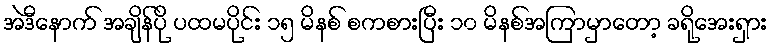
အဲဒီနောက် အချိန်ပို ပထမပိုင်း ၁၅ မိနစ် စကစားပြီး ၁၀ မိနစ်အကြာမှာတော့ ခရိုအေးရှား